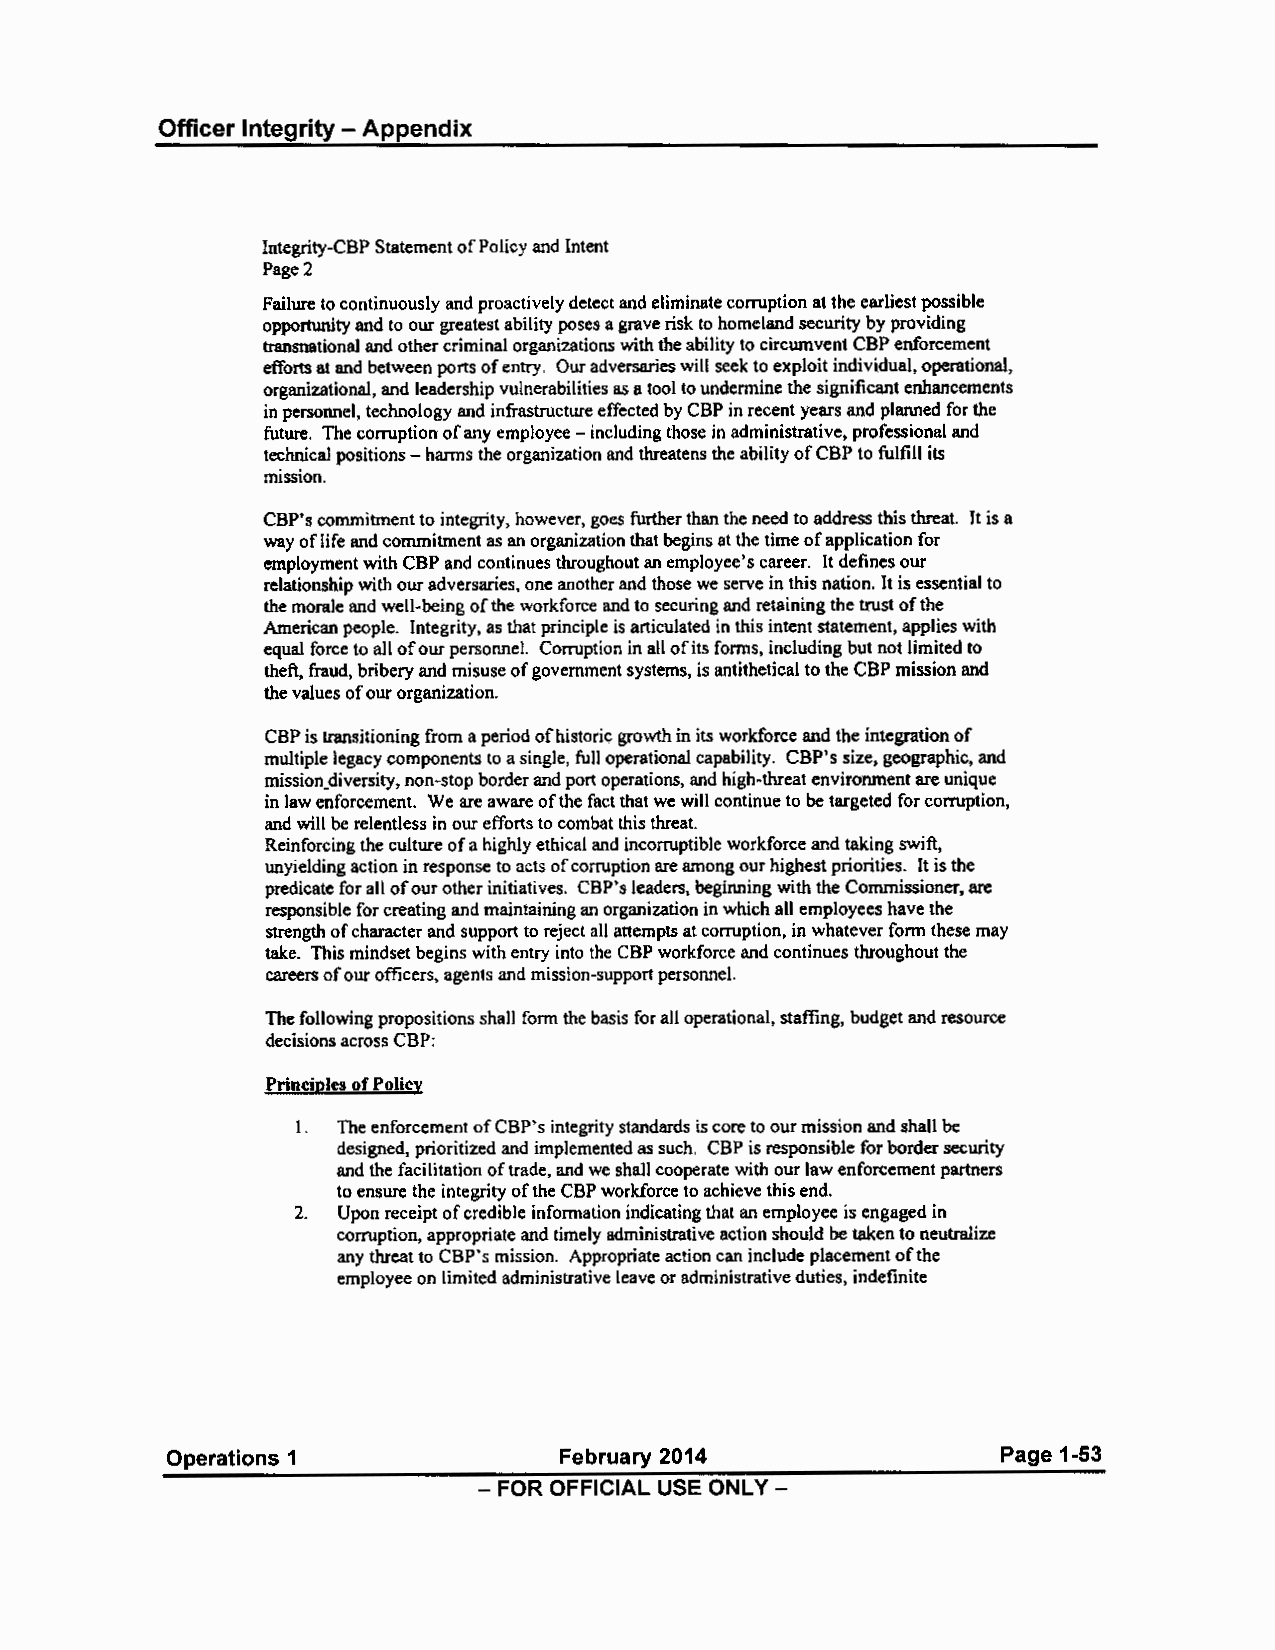
Officer Integrity - Appendix
 Integrity-CSP Statement of Policy and Intent
 Page2
 Failure to continuously and proactively detect and eliminate corruption at the earliest possible
 opportunity and to our greatest ability poses a grave risk to homeland security by providing
 transnational and other criminal organizations with the ability to circumvent CBP enforcement
 efforts at and between ports of entry. Our adversaries will seek to exploit individual, operational,
 organizational, and leadership vulnerabilities as a tool to undermine the significant enhancements
 in personnel, technology and infrastructure effected by CBP in recent years and planned for the
 future. The corruption of any employee - including those in administrative, professional and
 technical positions - harms the organization and threatens the ability of CBP to fulfill its
 mission.
 CBP's commitment to integrity, however, goes further than the need to address this threat. It is a
 way of life and commitment as an organization that begins at the time of application for
 employment with CBP and continues throughout an employee's career. It defines our
 relationship with our adversaries, one another and those we serve in this nation. It is essential to
 the morale and well-being of the workforce and to securing and retaining the trust of the
 American people. Integrity, as that principle is articulated in this intent statement, applies with
 equal force to all of our personnel. Corruption in all of its forms, including but not limited to
 theft, fraud, bribery and misuse of government systems, is antithetical to the CBP mission and
 the values of our organization.
 CBP is transitioning from a period of historic growth in its workforce and the integration of
 multiple legacy components to a single, full operational capability. CBP's size, geographic, and
 mission_diversity, non-stop border and port operations, and high-threat environment are unique
 in law enforcement. We are aware of the fact that we will continue to be targeted for corruption,
 and will be relentless in our efforts to combat this threat.
 Reinforcing the culture of a highly ethical and incorruptible workforce and taking swift,
 unyielding action in response to acts of corruption are among our highest priorities. It is the
 predicate for all of our other initiatives. CBP's leaders, beginning with the Commissioner, are
 responsible for creating and maintaining an organization in which all employees have the
 strength of character and support to reject all attempts at corruption, in whatever form these may
 take. This mindset begins with entry into the CBP workforce and continues throughout the
 careers of our officers, agents and mission-support personnel.
 The following propositions shall form the basis for all operational, staffing, budget and resource
 decisions across CBP:
 Principles of Policy
 I. The enforcement of CBP's integrity standards is core to our mission and shall be
 designed, prioritized and implemented as such. CBP is responsible for border security
 and the facilitation of trade, and we shall cooperate with our law enforcement partners
 to ensure the integrity of the CBP workforce to achieve this end.
 2. Upon receipt of credible information indicating that an employee is engaged in
 corruption, appropriate and timely administrative action should be taken to neutralize
 any threat to CBP's mission. Appropriate action can include placement of the
 employee on limited administrative leave or administrative duties, indefinite
 Operations 1              February 2014                Page 1-53
 - FOR OFFICIAL USE ONLY -